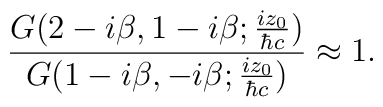
\frac{G(2-i{\beta},1-i{\beta};\frac{iz_0}{{\hbar}c})}{G(1-i{\beta},-i{\beta};\frac{iz_0}{{\hbar}c})}\approx 1.